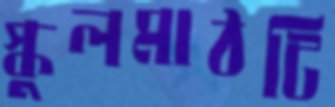
স্কুলমাঠটি